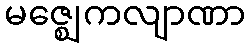
မဇ္ဈေကလျာဏာ